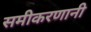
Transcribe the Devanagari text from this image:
समीकरणानी